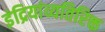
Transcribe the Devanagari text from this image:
इंद्रियांव्यतिरिक्त